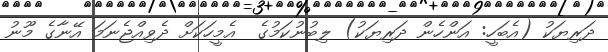
ދަރިޔަކު (އެބަހީ: އަންހެން ދަރިޔަކު) ލިބުނުކަމުގެ  އެމީހަކަށް ދެވިއްޖެނަމަ އޭނާގެ މޫނު